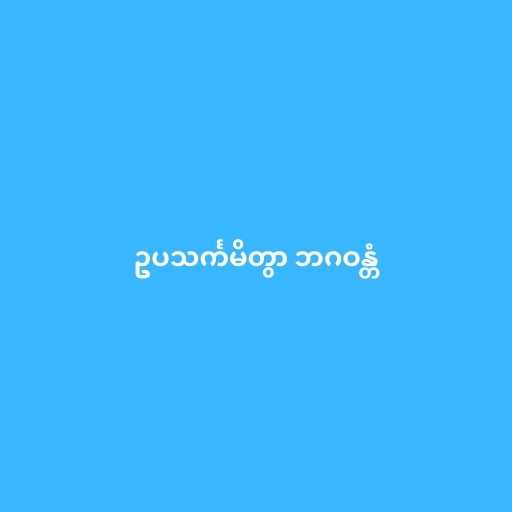
ဥပသင်္ကမိတွာ ဘဂဝန္တံ